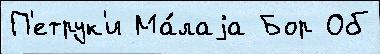
П'етрук'и Ма́лаjа Бор Об